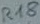
Text: R18